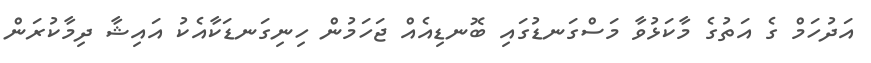
އަދުހަމް ގެ އަތުގެ މާކަޅުވާ މަސްގަނޑުގައި ބޮނޑިއެއް ޖަހަމުން ހިނިގަނޑަކާއެކު އައިޝާ ދިމާކުރަން